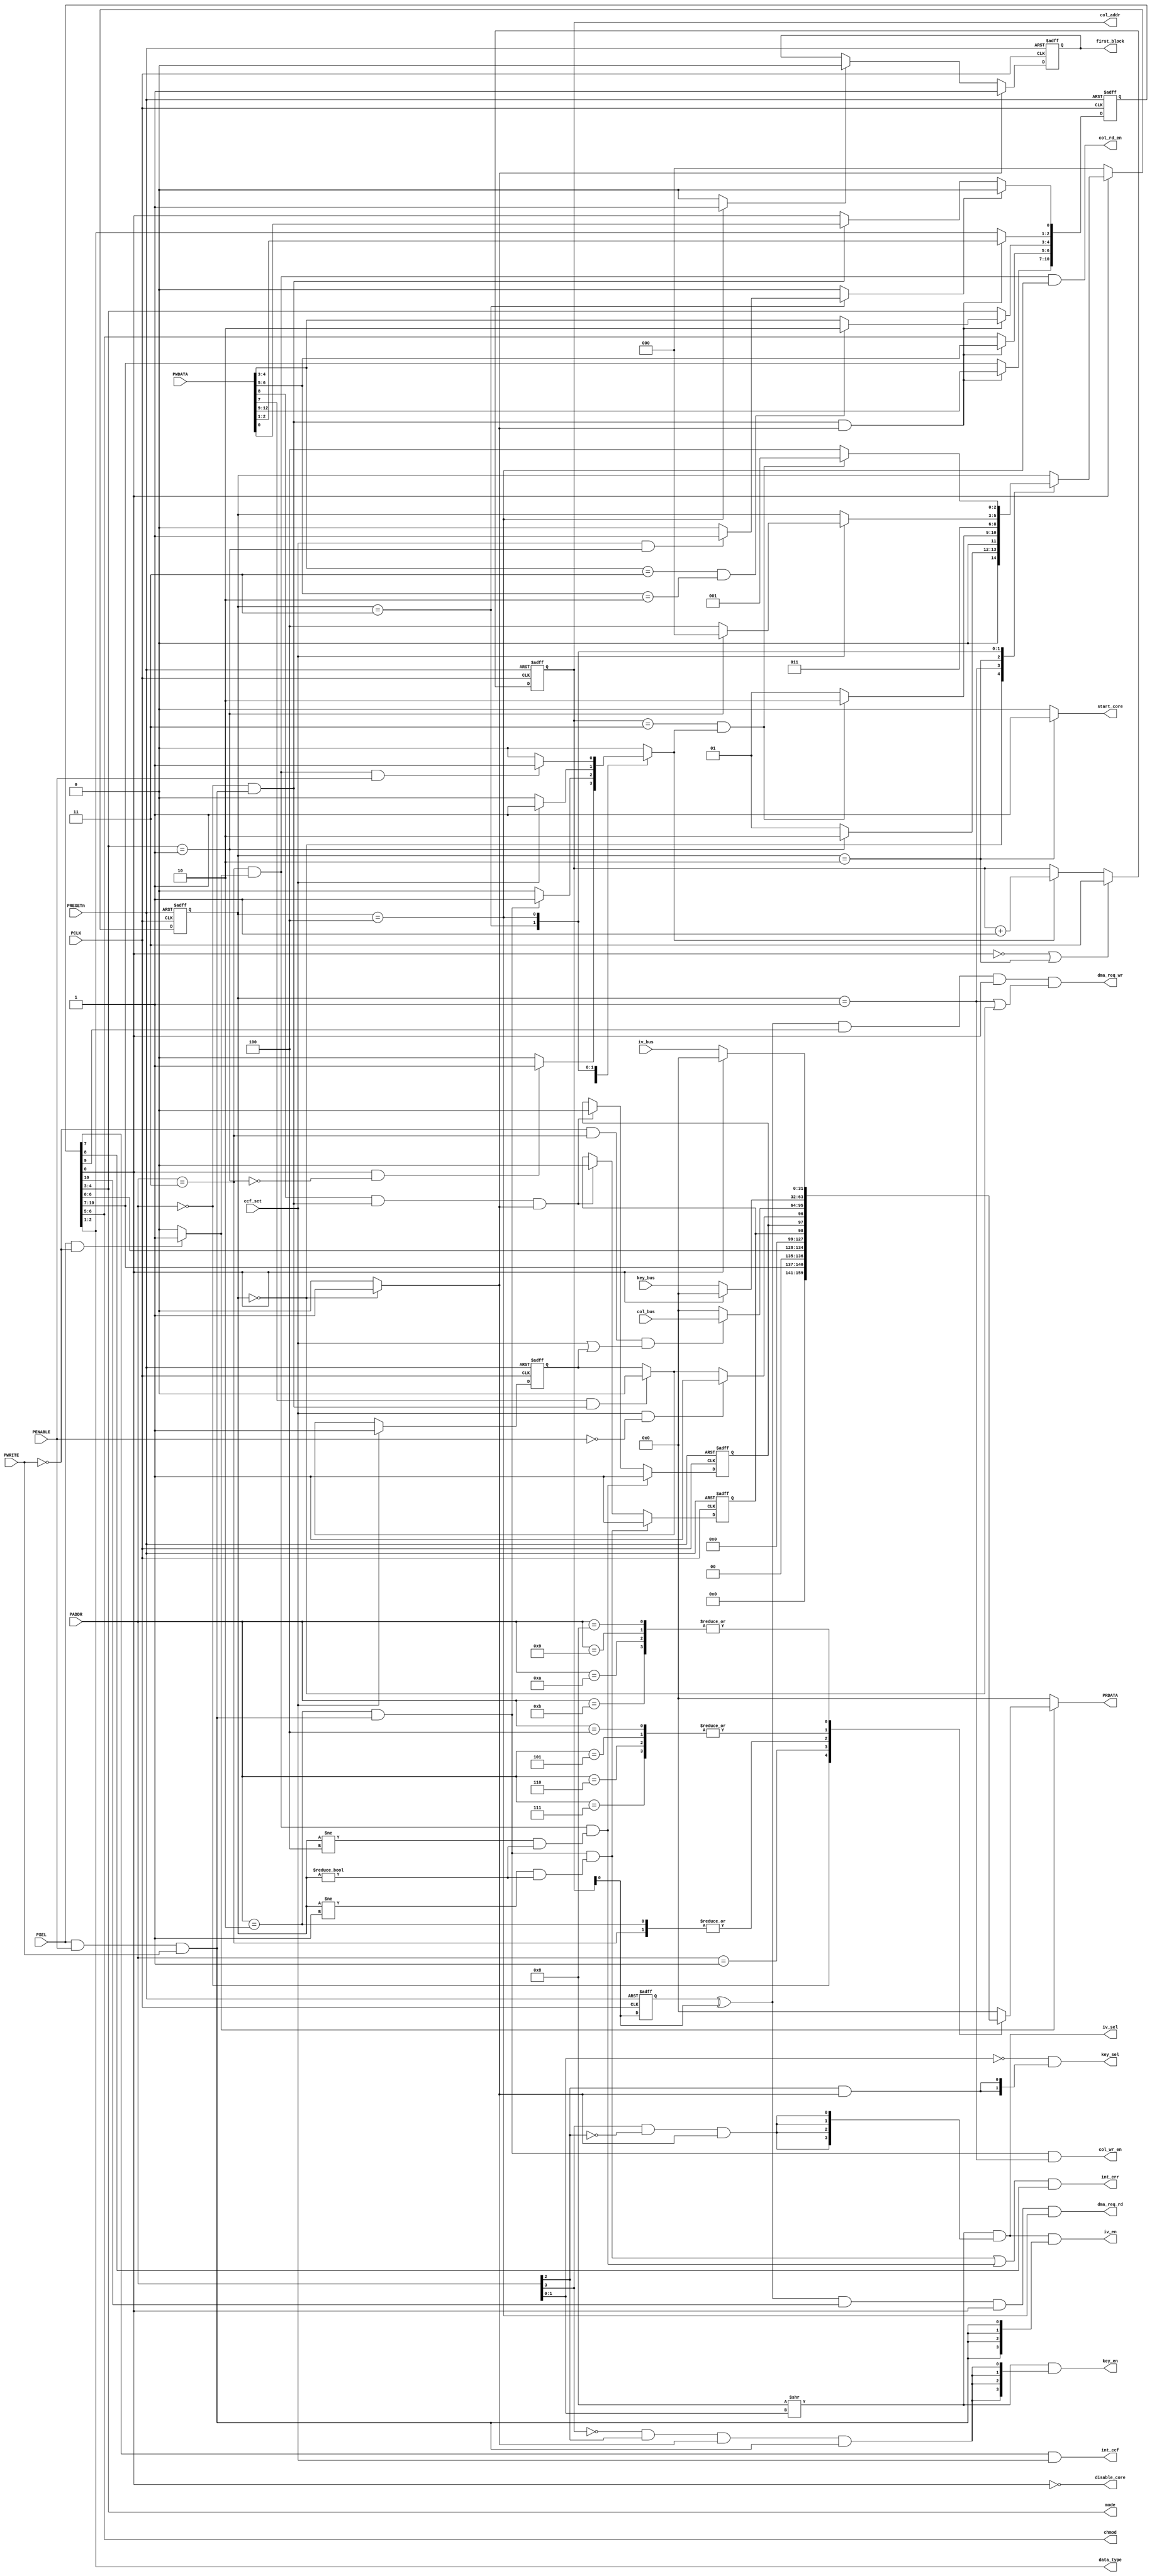

module host_interface
(
	// OUTPUTS
	output [3:0] key_en,
	output [1:0] col_addr,
	output [1:0] chmod,
	output [1:0] mode,
	output [1:0] data_type,
	output col_wr_en,
	output col_rd_en,
	output [1:0] key_sel,
	output [3:0] iv_en,
	output [3:0] iv_sel,
	output int_ccf,
	output int_err,
	output disable_core,
	output reg first_block,
	output dma_req_wr,
	output dma_req_rd,
	output reg start_core,
	output [31:0] PRDATA,
	//INPUTS
	input [3:0] PADDR,
	input [12:0] PWDATA,
	input PWRITE,
	input PENABLE,
	input PSEL,
	input PCLK,
	input PRESETn,
	input [31:0] key_bus,
	input [31:0] col_bus,
	input [31:0] iv_bus,
	input ccf_set
);

//`include "include/host_interface.vh"

//=====================================================================================
// Memory Mapped Registers Address
//=====================================================================================
localparam AES_CR    = 4'd00;
localparam AES_SR    = 4'd01;
localparam AES_DINR  = 4'd02;
localparam AES_DOUTR = 4'd03;
localparam AES_KEYR0 = 4'd04;
localparam AES_KEYR1 = 4'd05;
localparam AES_KEYR2 = 4'd06;
localparam AES_KEYR3 = 4'd07;
localparam AES_IVR0  = 4'd08;
localparam AES_IVR1  = 4'd09;
localparam AES_IVR2  = 4'd10;
localparam AES_IVR3  = 4'd11;

//=============================================================================
// Operation Modes
//=============================================================================
localparam ENCRYPTION     = 2'b00;
localparam KEY_DERIVATION = 2'b01;
localparam DECRYPTION     = 2'b10;
localparam DECRYP_W_DERIV = 2'b11;

//=============================================================================
// AES Modes
//=============================================================================
localparam ECB = 2'b00;
localparam CBC = 2'b01;
localparam CTR = 2'b10;

//=============================================================================
// Resets Values
//=============================================================================
localparam AES_CR_RESET = 13'd0;
localparam AES_SR_RESET =  3'd0;

//=============================================================================
// Enable Value (Active High)
//=============================================================================
localparam ENABLE  = 1'b1;
localparam DISABLE = 1'b0;

//=============================================================================
// FSM STATES
//=============================================================================
localparam IDLE   = 3'd0;
localparam INPUT  = 3'd1;
localparam START  = 3'd2;
localparam WAIT   = 3'd3;
localparam OUTPUT = 3'd4;

wire [31:0] bus_out;
reg [31:0] bus_out_mux;
reg cnt_en;
reg enable_clear;
reg access_permission;
reg first_block_set;
reg first_block_clear;
wire [1:0] mode_in;
wire [1:0] chmod_in;
wire write_en;
wire read_en;
wire dma_out_en;
wire dma_in_en;
wire err_ie;
wire ccf_ie;
wire errc;
wire ccfc;
wire aes_cr_wr_en;
//wire aes_sr_wr_en;
wire wr_err_en;
wire rd_err_en;
wire write_completed;
wire read_completed;
wire key_deriv;


reg [10:0] aes_cr;
reg wr_err;
reg rd_err;
reg ccf;
reg [2:0] state, next_state;
reg [1:0] cnt;
reg dma_req;
wire enable;

// Write and read enable signals
assign write_en = PSEL & PENABLE & PWRITE;
assign read_en  = (PSEL & ~PWRITE)?1'b1:1'b0;

// Configuration Register Logic
assign dma_out_en = aes_cr[10];
assign dma_in_en  = aes_cr[9];
assign err_ie     = aes_cr[8];
assign ccf_ie     = aes_cr[7];
assign errc       = PWDATA[8];
assign ccfc       = PWDATA[7];
assign chmod      = aes_cr[6:5];
assign mode       = aes_cr[4:3];
assign data_type  = aes_cr[2:1];
assign enable     = aes_cr[0];

assign aes_cr_wr_en = (PADDR == AES_CR) & write_en;
assign mode_in  = PWDATA[4:3];
assign chmod_in = PWDATA[6:5];

always @(posedge PCLK, negedge PRESETn)
	begin
		if(!PRESETn)
			aes_cr <= AES_CR_RESET[10:0];
		else
			begin
				if(enable_clear)
					aes_cr[0] <= 1'b0;
				else
					if(aes_cr_wr_en)
						aes_cr[0] <= PWDATA[0];

				if(aes_cr_wr_en && access_permission)
					begin
						aes_cr[2:1] <= PWDATA[2:1];
						if(mode_in == DECRYP_W_DERIV && chmod_in == CTR)
							aes_cr[4:3] <= DECRYPTION;
						else
							aes_cr[4:3] <= mode_in;
						aes_cr[ 6:5] <= PWDATA[6:5];
						aes_cr[10:7] <= PWDATA[12:9];
					end
			end
	end
 
// Status Register Logic
//assign aes_sr_wr_en = (PADDR == AES_SR) & write_en & access_permission;

always @(posedge PCLK, negedge PRESETn)
	begin
		if(!PRESETn)
		begin
			{wr_err, rd_err, ccf} <= AES_SR_RESET;

		end
		else
			begin
				// Write Error Flag
				if(wr_err_en)
					wr_err <= 1'b1;
				else
					if(errc && aes_cr_wr_en && access_permission)
						wr_err <= 1'b0;

				//Read Error Flag
				if(rd_err_en)
					rd_err <= 1'b1;
				else
					if(errc && aes_cr_wr_en && access_permission)
						rd_err <= 1'b0;

				// Computation Complete Flag
				if(ccf_set)
				   	ccf <= 1'b1;
				else
					if(ccfc && aes_cr_wr_en )//&& access_permission)
						ccf <= 1'b0;
			end
	end
// Interruption on erros Signals
assign int_ccf = ccf_ie & ccf_set;
assign int_err = (wr_err_en | rd_err_en) & err_ie;

// Key Signals Decoding
assign key_en = (4'b1000 >> PADDR[1:0]) & {4{(~PADDR[3] & PADDR[2] & access_permission & write_en)}};
assign key_sel = ~PADDR[1:0] & {2{(PADDR[2] & access_permission)}};

// IV Signals Decoding
assign iv_sel = (4'b1000 >> PADDR[1:0]) & {4{(PADDR[3] & ~PADDR[2] & access_permission)}};
assign iv_en = iv_sel & {4{write_en}};

// State Register
always @(posedge PCLK, negedge PRESETn)
	begin
		if(!PRESETn)
			state <= IDLE;
		else
			if(!enable)
				state <= IDLE;
			else
				state <= next_state;
	end

assign write_completed = (cnt == 2'b11);
assign read_completed  = (cnt == 2'b11);
assign key_deriv = (mode == KEY_DERIVATION);

// Next State Logic
always @(*)
	begin
		next_state = state;
		case(state)
		IDLE  :
			begin
				if(enable)
					next_state = (key_deriv) ? START : INPUT;
			end
		INPUT :
			next_state = (write_completed && cnt_en) ? START : INPUT;
		START :
			next_state = WAIT;
		WAIT  :
			begin
				if(ccf_set)
					next_state = (key_deriv) ? IDLE : OUTPUT;
			end
		OUTPUT:
			next_state = (read_completed && cnt_en) ? INPUT : OUTPUT;
		endcase
	end

// Output Logic
assign disable_core = ~enable;

always @(*)
	begin
		access_permission = DISABLE;
		start_core = DISABLE;
		cnt_en = DISABLE;
		enable_clear = DISABLE;
		first_block_set = DISABLE;
		first_block_clear = DISABLE;
		case(state)
			IDLE:
				begin
					access_permission = ENABLE;
					first_block_set = ENABLE;
					if(enable && !key_deriv)
						cnt_en = ENABLE;
				end
			INPUT:
				begin
					if(PADDR == AES_DINR && write_en)
						cnt_en = ENABLE;
				end
			START:
				begin
					start_core = ENABLE;
				end
			WAIT:
				begin
					if(ccf_set)
						cnt_en = ENABLE;
					if(ccf_set && key_deriv)
						enable_clear = ENABLE;
				end
			OUTPUT:
				begin
					first_block_clear = ENABLE;
					if(PADDR == AES_DOUTR && read_en && PENABLE )//|| write_completed)
						cnt_en = ENABLE;
				end
		endcase
	end

// First Block Signal indicates when IV register is used
always @(posedge PCLK, negedge PRESETn)
	begin
		if(!PRESETn)
			first_block <= 1'b1;
		else
			if(first_block_set)
				first_block <= 1'b1;
			else
				if(first_block_clear)
					first_block <= 1'b0;
	end

always @(posedge PCLK, negedge PRESETn)
	begin
		if(!PRESETn)
			cnt <= 2'b11;
		else
			begin
				if(!enable || state == START)
					cnt <= 2'b11;
				else
					if(cnt_en)
						cnt <= cnt + 1'b1;
			end
	end

assign col_addr = cnt;
assign col_wr_en = (PADDR == AES_DINR  && write_en && state == INPUT);
assign col_rd_en = (PADDR == AES_DOUTR && read_en  && state == OUTPUT);
assign wr_err_en = (PADDR == AES_DINR  && write_en && (state != INPUT  && state != IDLE));
assign rd_err_en = (PADDR == AES_DOUTR && read_en  && (state != OUTPUT && state != IDLE));

// DMA Requests Logic
always @(posedge PCLK, negedge PRESETn)
	begin
		if(!PRESETn)
			dma_req <= 1'b0;
		else
			dma_req <= cnt[0];
	end

assign dma_req_wr = (dma_req ^ cnt[0]) & dma_in_en  & enable & (state == INPUT  || state == IDLE);
assign dma_req_rd = (dma_req ^ cnt[0]) & dma_out_en & enable & (state == OUTPUT);

// APB Read Signal
assign PRDATA = bus_out;

// Output Mux
always @(*)
	begin
		bus_out_mux = 32'd0;
		case(PADDR)
			AES_CR:
				bus_out_mux = {{19{1'b0}}, aes_cr[10:7], 2'b00, aes_cr[6:0]};
			AES_SR:
				bus_out_mux = {{29{1'b0}}, wr_err, rd_err, (ccf_set && ~PENABLE)? 1'b1:(ccfc && aes_cr_wr_en)?1'b0:ccf};
			AES_DINR, AES_DOUTR:
			begin
				if(~PWRITE && PADDR == AES_DOUTR && (ccf_set || ccf ))
					bus_out_mux = col_bus;
			end
			AES_KEYR0, AES_KEYR1, AES_KEYR2, AES_KEYR3:
				if(!enable)
					bus_out_mux = key_bus;
			AES_IVR0, AES_IVR1, AES_IVR2, AES_IVR3:
				if(!enable)
					bus_out_mux = iv_bus;
			
		endcase
	end

// The output Bus is registered

assign bus_out =(read_en)? bus_out_mux:32'd0;

/*
always @(posedge PCLK, negedge PRESETn)
	begin
		if(!PRESETn)
			bus_out <= 32'd0;
		else
			if(read_en)
				bus_out <= bus_out_mux;
	end
*/

endmodule